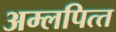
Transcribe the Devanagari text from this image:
अम्‍लपित्‍त